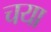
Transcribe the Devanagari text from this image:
चया